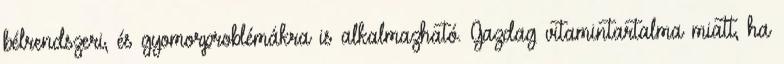
bélrendszeri, és gyomorproblémákra is alkalmazható. Gazdag vitamintartalma miatt, ha